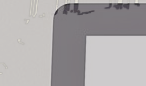
مقهى النرجس يقدم لكم أجوا